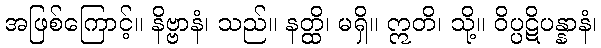
အဖြစ်ကြောင့်။ နိဗ္ဗာနံ၊ သည်။ နတ္ထိ၊ မရှိ။ ဣတိ၊ သို့။ ဝိပ္ပဋိပန္နာနံ၊